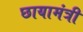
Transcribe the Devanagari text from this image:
छायामंत्री